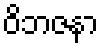
ဝိဘဇနာ